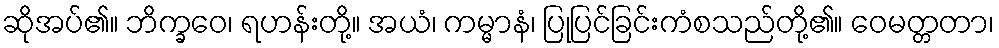
ဆိုအပ်၏။ ဘိက္ခဝေ၊ ရဟန်းတို့။ အယံ၊ ကမ္မာနံ၊ ပြုပြင်ခြင်းကံစသည်တို့၏။ ဝေမတ္တတာ၊